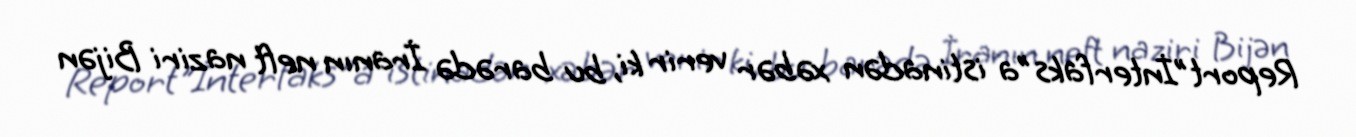
Report"İnterfaks"a istinadən xəbər verir ki, bu barədə İranın neft naziri Bijən